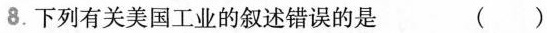
8.下列有关美国工业的叙述错误的是 (